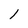
Character: l